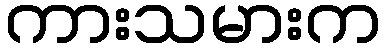
ကားသမားက